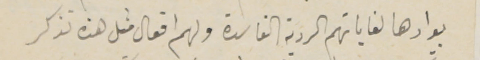
بوارها لغاياتهم الردية الفاسدة ولهم افعال مثل هذه تذكر